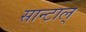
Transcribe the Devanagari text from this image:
सान्टाल्